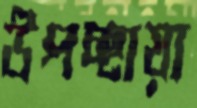
উপচ্ছায়া